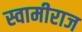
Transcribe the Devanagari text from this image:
स्वामीराज